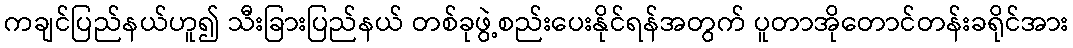
ကချင်ပြည်နယ်ဟူ၍ သီးခြားပြည်နယ် တစ်ခုဖွဲ့စည်းပေးနိုင်ရန်အတွက် ပူတာအိုတောင်တန်းခရိုင်အား